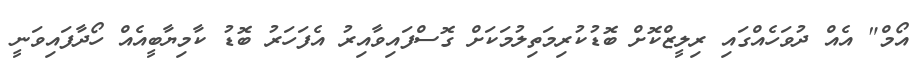
އޯމް" އެއް ދުވަހެއްގައި ރިލީޒްކޮށް ބޮޑުކުރިމަތިލުމަކަށް ގޮސްފައިވާއިރު އެފަހަރު ބޮޑު ކާމިޔާބީއެއް ހޯދާފައިވަނީ